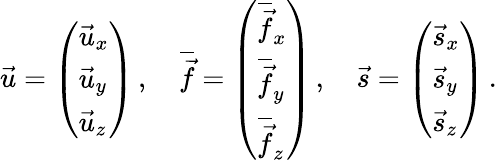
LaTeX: \vec{u}=\left(\begin{array}{l}{\vec{u}_{x}}\\ {\vec{u}_{y}}\\ {\vec{u}_{z}}\end{array}\right)\, ,\quad\overline{{\vec{f}}}=\left(\begin{array}{l}{\overline{{\vec{f}}}_{x}}\\ {\overline{{\vec{f}}}_{y}}\\ {\overline{{\vec{f}}}_{z}}\end{array}\right)\, ,\quad\vec{s}=\left(\begin{array}{l}{\vec{s}_{x}}\\ {\vec{s}_{y}}\\ {\vec{s}_{z}}\end{array}\right)\, .